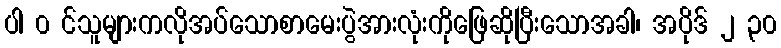
ပါ ၀ င်သူများကလိုအပ်သောစာမေးပွဲအားလုံးကိုဖြေဆိုပြီးသောအခါ၊ အပိုဒ် ၂ ၃၀